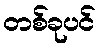
တစ်ခုပင်